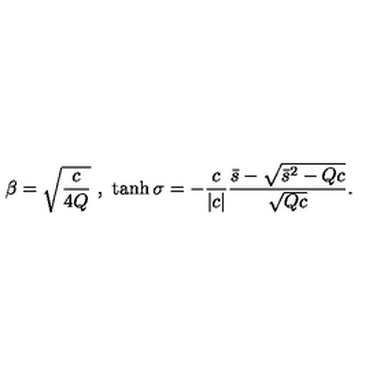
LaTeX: \beta = \sqrt { \frac { c } { 4 Q } } \ , \ \tanh \sigma = - \frac { c } { | c | } \frac { \bar { s } - \sqrt { \bar { s } ^ { 2 } - Q c } } { \sqrt { Q c } } .